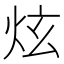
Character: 炫